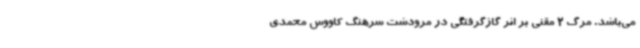
می‌باشد. مرگ 2 مقنی بر اثر گازگرفتگی در مرودشت سرهنگ کاووس محمدی